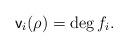
LaTeX: \begin{align*}\mathsf v_i (\rho) = \deg f_i.\end{align*}